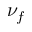
\nu _ { f }